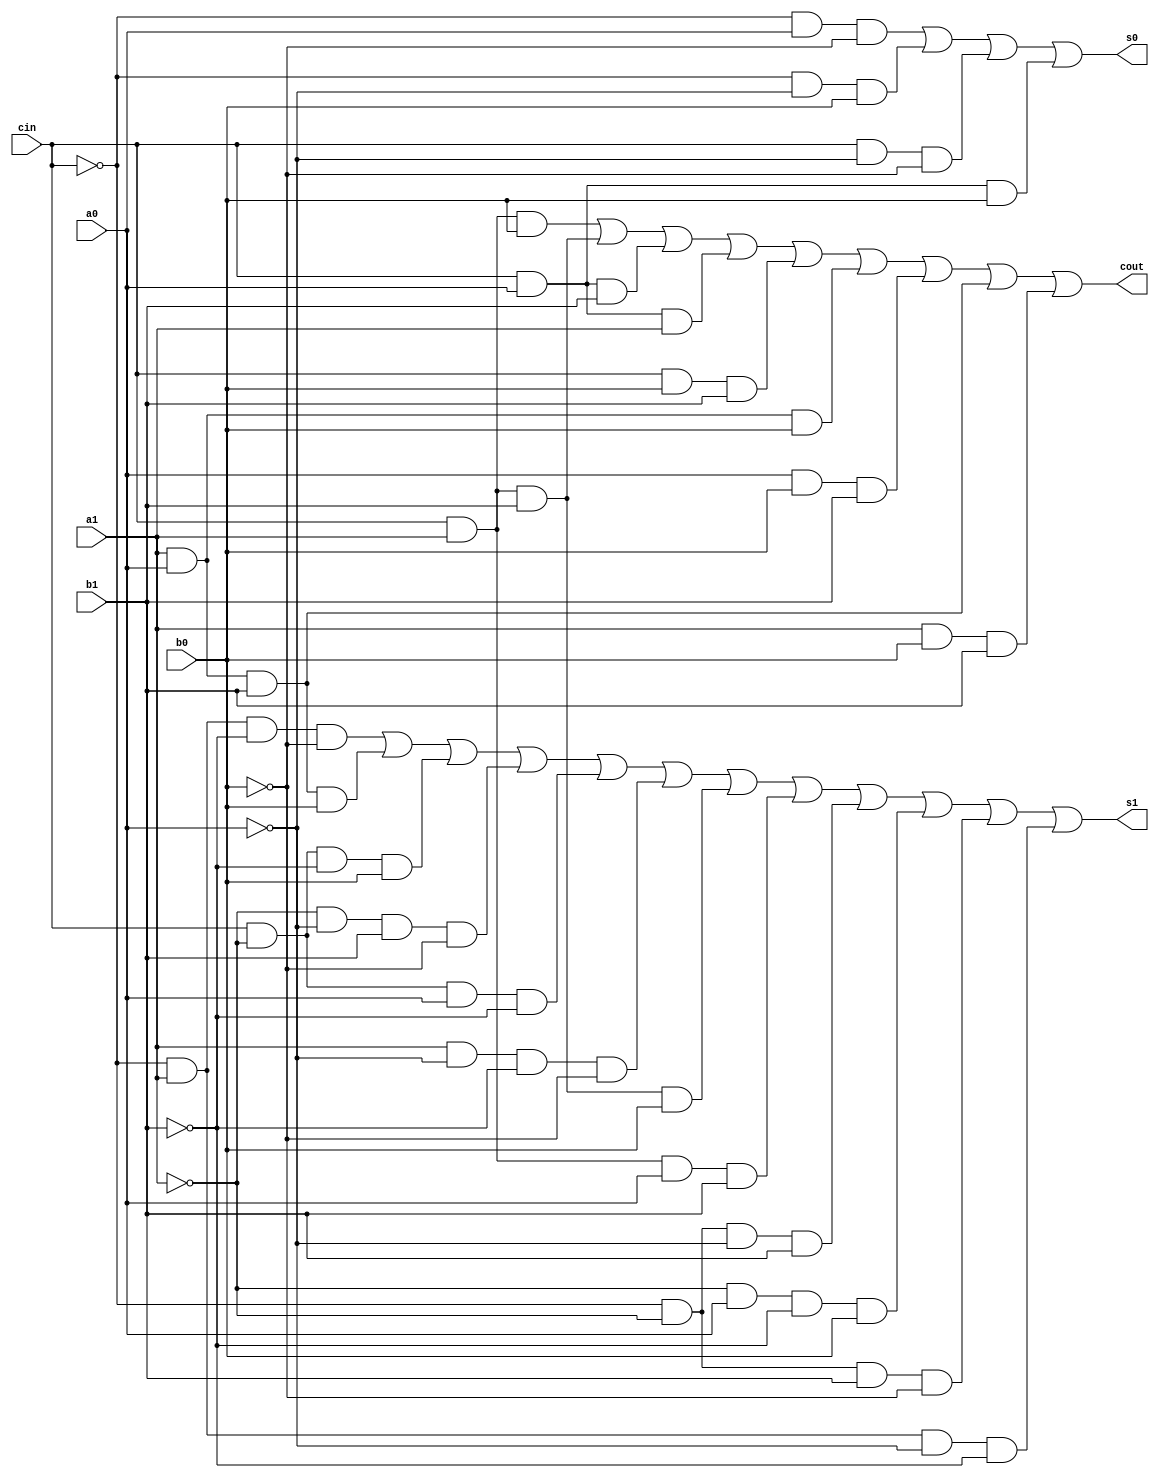
module bit2adder (
    input   wire    a0, a1, b0, b1, cin,
    output  wire    s0, s1, cout
         
);

    // Students: Implementation goes here
    
    assign cout = (cin & a1 & b0) | (cin & a1 & b1) | (cin & a0 & b1) | (cin & a0 & a1) | (cin & b0 & b1)|(a0 & a1 & b0) | (a0 & b0 & b1) | (a0 & a1 & b1) | (a1 & b0 & b1) ;
    
    assign s0 = (~cin & a0 & ~b0) | (~cin & ~a0 & b0) | (cin & ~a0 & ~b0) | (cin & a0 & b0);
    
    assign s1 = (~cin & a1 & ~b1 & ~b0) | (a1 & a0 & b1 & b0) | (cin & ~a1 & ~b1 & b0) | (~a1 & ~a0 & b1 & ~b0) | (cin & ~a1 & a0 & ~b1) | (a1 & ~a0 & ~b1 & ~b0) | (cin & a1 & b1 & b0) | (cin & a1 & a0 & b1)|(~cin & ~a1 & ~a0 & b1) | (~a1 & a0 & ~b1 & b0) | (~cin & ~a1 & b1 & ~b0) | (~cin & a1 & ~a0 & ~b1);


endmodule